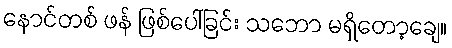
နောင်တစ် ဖန် ဖြစ်ပေါ်ခြင်း သဘော မရှိတော့ချေ။